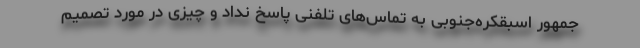
‌جمهور اسبقکره‌جنوبی به تماس‌های تلفنی پاسخ نداد و چیزی در مورد تصمیم